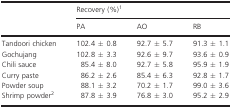
<table><thead><tr><td></td><td colspan="3"><b>Recovery (%)1</b></td></tr><tr><td></td><td><b>PA</b></td><td><b>AO</b></td><td><b>RB</b></td></tr></thead><tbody><tr><td>Tandoori chicken</td><td>102.4 ± 0.8</td><td>92.7 ± 5.7</td><td>91.3 ± 1.1</td></tr><tr><td>Gochujang</td><td>102.8 ± 3.3</td><td>92.6 ± 9.7</td><td>93.6 ± 0.9</td></tr><tr><td>Chili sauce</td><td>85.4 ± 8.0</td><td>92.7 ± 5.8</td><td>95.9 ± 1.9</td></tr><tr><td>Curry paste</td><td>86.2 ± 2.6</td><td>85.4 ± 6.3</td><td>92.8 ± 1.7</td></tr><tr><td>Powder soup</td><td>88.1 ± 3.2</td><td>70.2 ± 1.7</td><td>99.0 ± 3.6</td></tr><tr><td>Shrimp powder2</td><td>87.8 ± 3.9</td><td>76.8 ± 3.0</td><td>95.2 ± 2.9</td></tr></tbody></table>